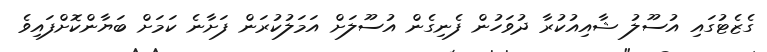
ގެޒެޓުގައި އުސޫލު ޝާއިއުކުރާ ދުވަހުން ފެނިގެން އުސޫލަށް އަމަލުކުރަން ފަށާނެ ކަމަށް ބަޔާންކޮށްފައިވެ